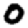
Digit: 0